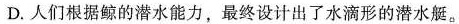
D.人们根据鲸的潜水能力，最终设计出了水滴形的潜水艇。